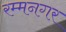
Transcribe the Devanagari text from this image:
रम्मनगर